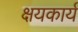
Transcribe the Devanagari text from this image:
क्षयकार्य